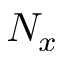
N _ { x }